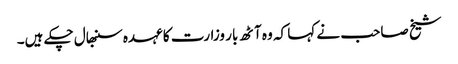
شیخ صاحب نے کہا کہ وہ آٹھ بار وزارت کا عہدہ سنبھال چکے ہیں۔